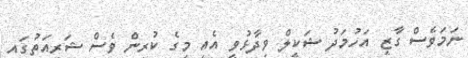
ނަމަވެސް ގާޒީ އަހުމަދު ޝަކީލް ވިދާޅުވީ އެއީ މީގެ ކުރިން ވެސް ޝަރީއަތުގައި